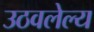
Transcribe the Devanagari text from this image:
उठवलेल्य